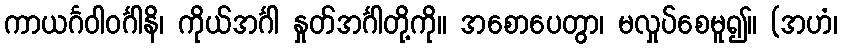
ကာယင်္ဂဝါဝင်္ဂါနိ၊ ကိုယ်အင်္ဂါ နှုတ်အင်္ဂါတို့ကို။ အစောပေတွာ၊ မလှုပ်စေမူ၍။ (အဟံ၊